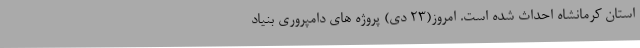
استان کرمانشاه احداث شده است. امروز(23 دی) پروژه های دامپروری بنیاد